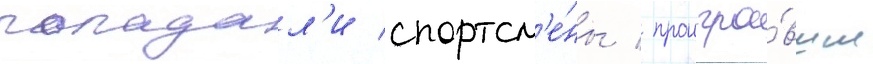
попадал'и спортсм'е́ны / проигра́вшие